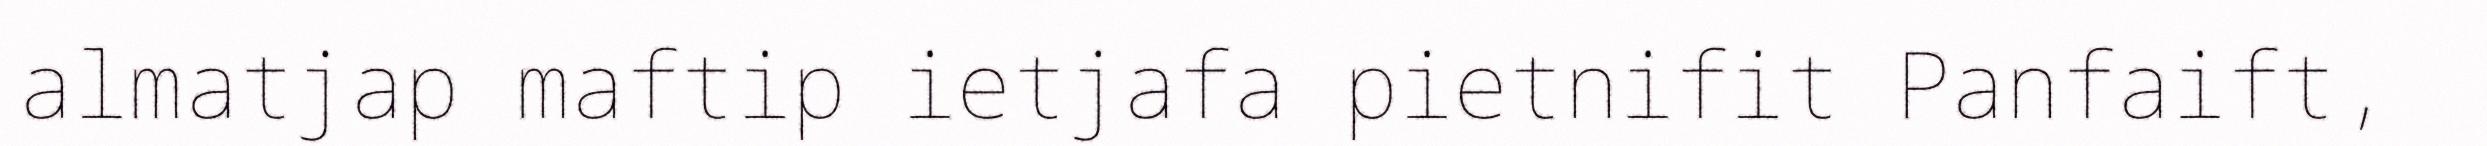
almatjap maftip ietjafa pietnifit Panfaift,